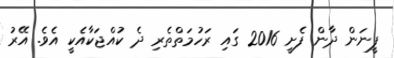
ފީނަން ދާން ފެށީ 2016 ގައި ރަހުމަތްތެރި ދެ ކުއްޖަކާއެކީ އެވެ. އޭރު